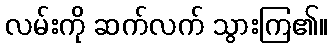
လမ်းကို ဆက်လက် သွားကြ၏။